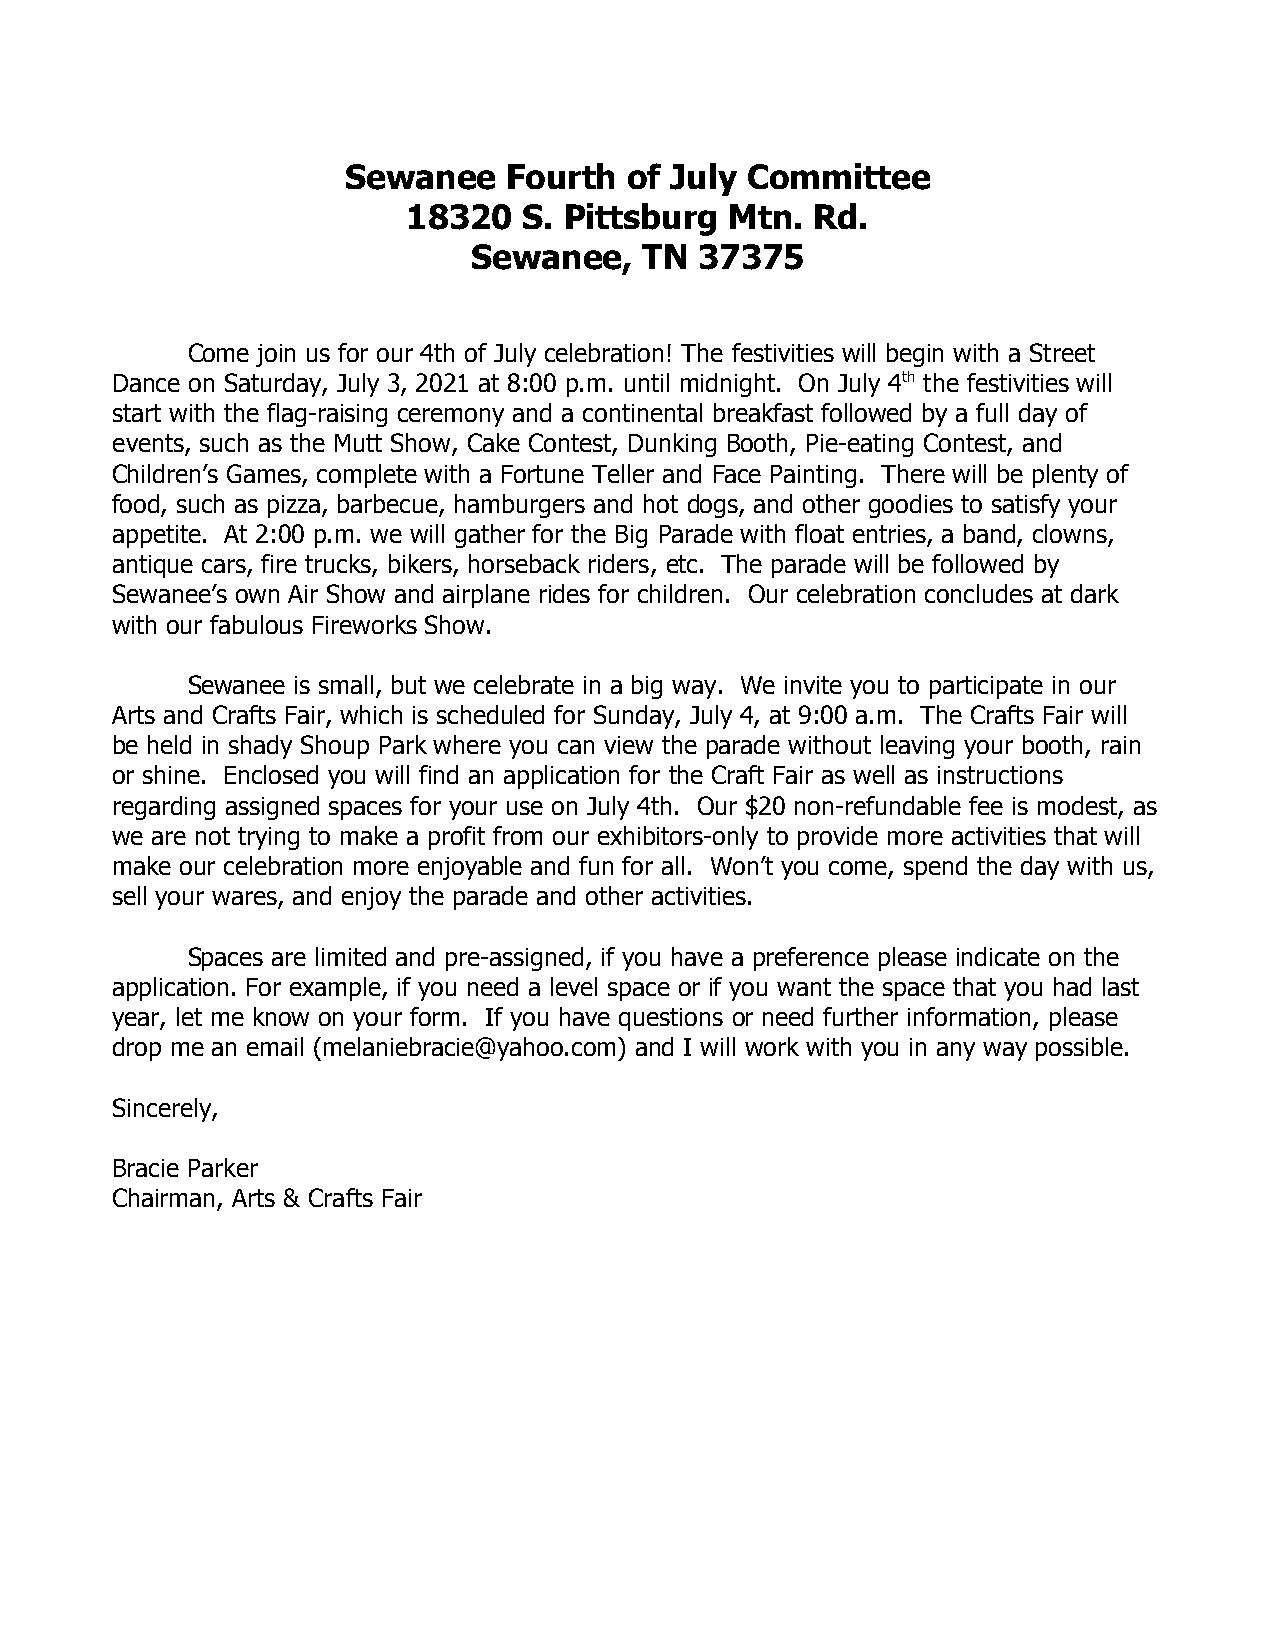
Sewanee   Fourth  of July Committee
 18320   S. Pittsburg Mtn.  Rd.
 Sewanee,    TN 37375
 Come join us for our 4th of July celebration! The festivities will begin with a Street
 Dance on Saturday, July 3, 2021 at 8:00 p.m. until midnight. On July 4th the festivities will
 start with the flag-raising ceremony and a continental breakfast followed by a full day of
 events, such as the Mutt Show, Cake Contest, Dunking Booth, Pie-eating Contest, and
 Children’s Games, complete with a Fortune Teller and Face Painting. There will be plenty of
 food, such as pizza, barbecue, hamburgers and hot dogs, and other goodies to satisfy your
 appetite. At 2:00 p.m. we will gather for the Big Parade with float entries, a band, clowns,
 antique cars, fire trucks, bikers, horseback riders, etc. The parade will be followed by
 Sewanee’s own Air Show and airplane rides for children. Our celebration concludes at dark
 with our fabulous Fireworks Show.
 Sewanee is small, but we celebrate in a big way. We invite you to participate in our
 Arts and Crafts Fair, which is scheduled for Sunday, July 4, at 9:00 a.m. The Crafts Fair will
 be held in shady Shoup Park where you can view the parade without leaving your booth, rain
 or shine. Enclosed you will find an application for the Craft Fair as well as instructions
 regarding assigned spaces for your use on July 4th. Our $20 non-refundable fee is modest, as
 we are not trying to make a profit from our exhibitors-only to provide more activities that will
 make our celebration more enjoyable and fun for all. Won’t you come, spend the day with us,
 sell your wares, and enjoy the parade and other activities.
 Spaces are limited and pre-assigned, if you have a preference please indicate on the
 application. For example, if you need a level space or if you want the space that you had last
 year, let me know on your form. If you have questions or need further information, please
 drop me an email (melaniebracie@yahoo.com) and I will work with you in any way possible.
 Sincerely,
 Bracie Parker
 Chairman, Arts & Crafts Fair